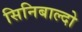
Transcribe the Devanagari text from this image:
सिनिबाल्दो